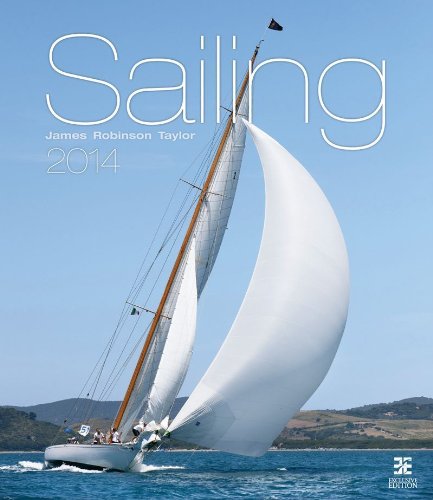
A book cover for Sailing 2014 Wall Calendar; Helma365; Calendars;